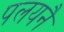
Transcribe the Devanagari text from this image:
पलयनै